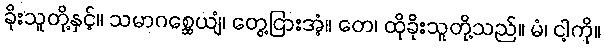
ခိုးသူတို့နှင့်။ သမာဂစ္ဆေယျံ၊ တွေ့ငြားအံ့။ တေ၊ ထိုခိုးသူတို့သည်။ မံ၊ ငါ့ကို။